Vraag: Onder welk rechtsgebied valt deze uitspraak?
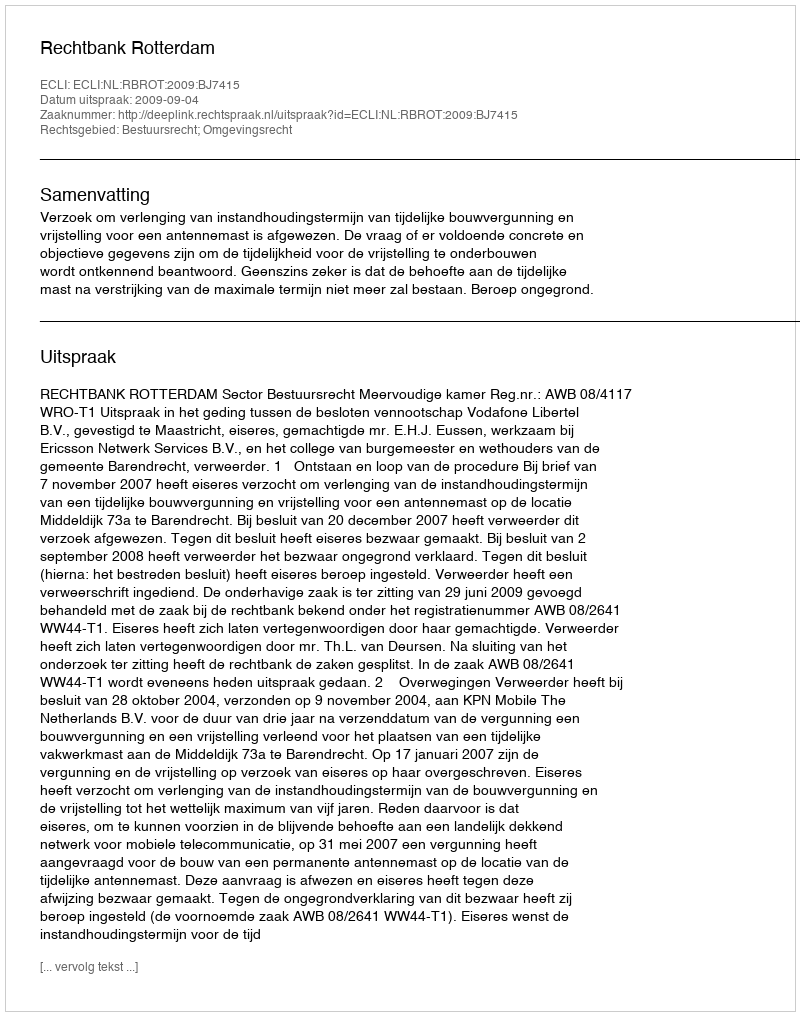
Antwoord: Bestuursrecht; Omgevingsrecht